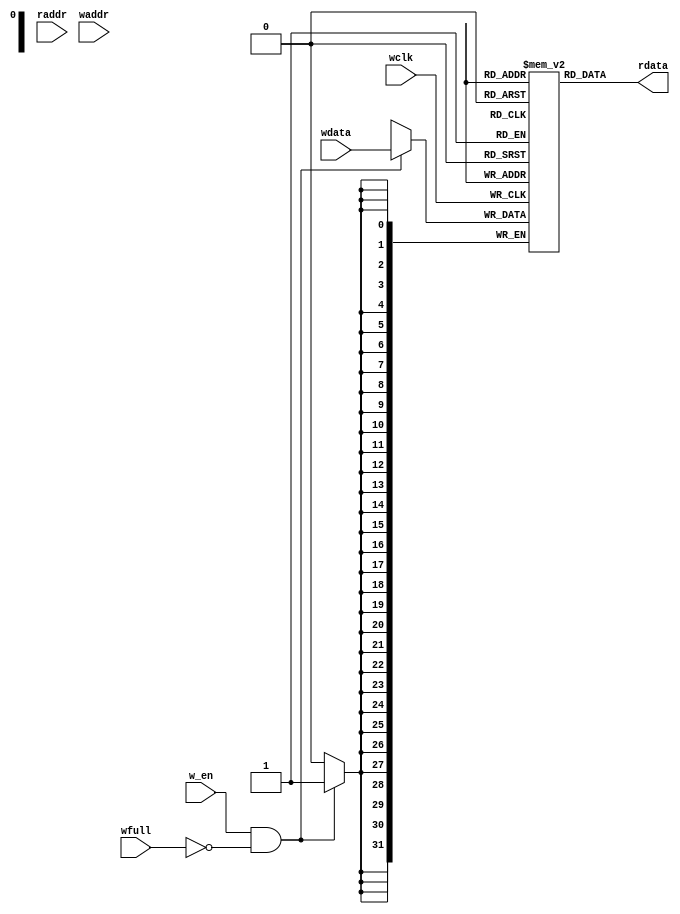
module fifomem #(parameter DSIZE=32, ASIZE=32)
                (output reg [DSIZE-1:0] rdata, 
                input [DSIZE-1:0] wdata,
                input [ASIZE-1:0] raddr, waddr,
                input wfull, wclk, w_en
                );
    
    localparam MSIZE = 1<<ASIZE;
    reg [DSIZE-1:0] mem [0:MSIZE];

    always @(posedge wclk)
        if(w_en & ~wfull) 
            mem[waddr] <= wdata;

    always @(*) 
        rdata = mem[raddr];

endmodule